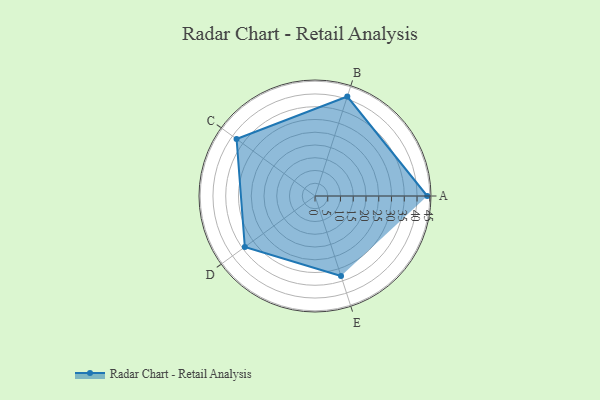
{"axis": {"x": "Skill", "y": "Score"}, "legend": ["Profile"], "data": [{"x": "A", "y": 44.0, "type": "Profile"}, {"x": "B", "y": 41.0, "type": "Profile"}, {"x": "C", "y": 38.0, "type": "Profile"}, {"x": "D", "y": 34.0, "type": "Profile"}, {"x": "E", "y": 33.0, "type": "Profile"}]}